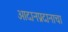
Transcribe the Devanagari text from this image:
आदानप्रदानाचा